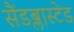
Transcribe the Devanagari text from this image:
सैंडब्लास्टेड